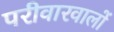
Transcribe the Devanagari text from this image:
परीवारवालों